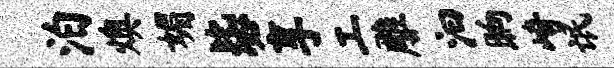
泊燠媚毖享工雕汩晌崎氓